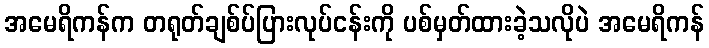
အမေရိကန်က တရုတ်ချစ်ပ်ပြားလုပ်ငန်းကို ပစ်မှတ်ထားခဲ့သလိုပဲ အမေရိကန်